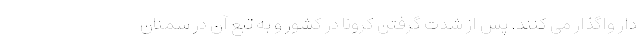
دار واگذار می کنند. پس از شدت گرفتن کرونا در کشور و به تبع آن در سمنان